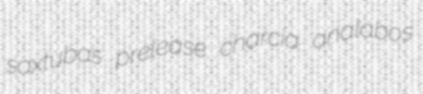
saxtubas prelease charcia analabos